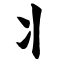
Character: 丬